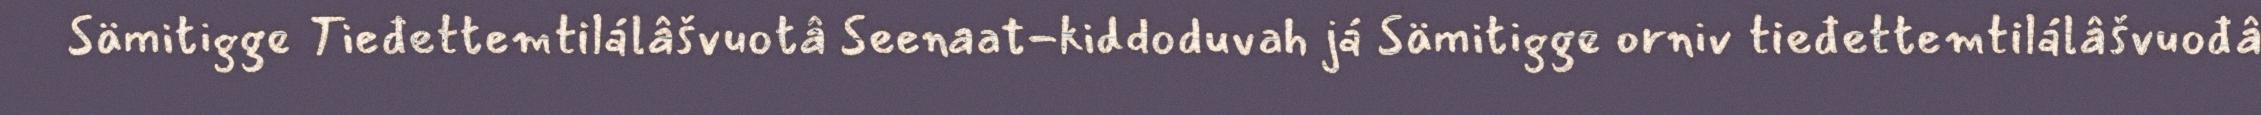
Sämitigge Tieđettemtilálâšvuotâ Seenaat-kiddoduvah já Sämitigge orniv tieđettemtilálâšvuođâ